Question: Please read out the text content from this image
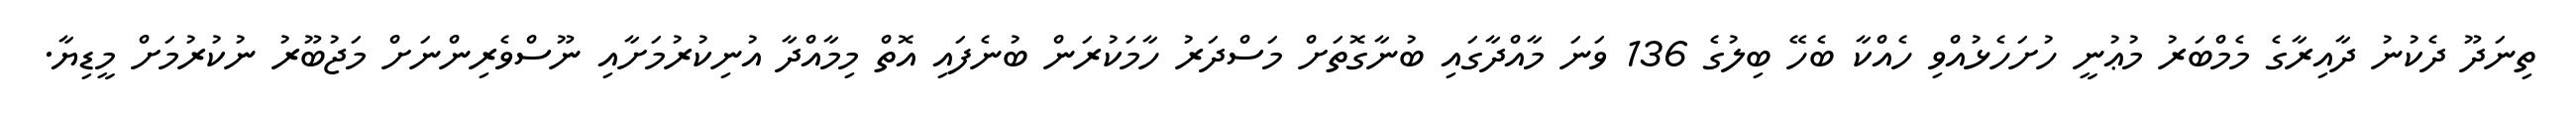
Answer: ތިނަދޫ ދެކުނު ދާއިރާގެ މެމްބަރު މުޢުނީ ހުށަހެޅުއްވި ހެއްކާ ބެހޭ ބިލުގެ 136 ވަނަ މާއްދާގައި ބުނާގޮތަށް މަސްދަރު ހާމަކުރަން ބުނެފައި އޮތް މިމާއްދާ އުނިކުރުމަށާއި ނޫސްވެރިންނަށް މަޖުބޫރު ނުކުރުމަށް މީޑިޔާ.